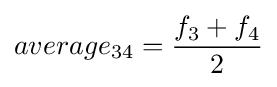
average_{34}={\frac {f_{3}+f_{4}}{2}}